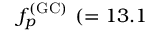
f _ { p } ^ { \mathrm { ( G C ) } } ~ ( = 1 3 . 1